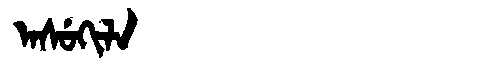
Manchu: ᠠᠰᡠᡴᡳᠯᠠ
Romanization: ASUKILA